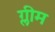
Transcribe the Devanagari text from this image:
ग्लीम